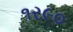
૧ર૯૦